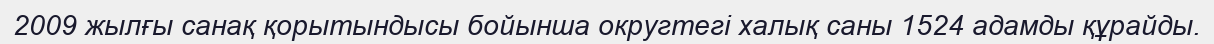
2009 жылғы санақ қорытындысы бойынша округтегі халық саны 1524 адамды құрайды.